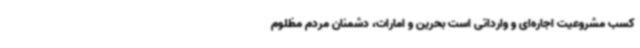
کسب مشروعیت اجاره‌ای و وارداتی است بحرین و امارات، دشمنان مردم مظلوم